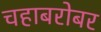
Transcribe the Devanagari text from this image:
चहाबरोबर